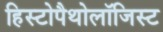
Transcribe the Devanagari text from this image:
हिस्टोपैथोलॉजिस्ट